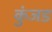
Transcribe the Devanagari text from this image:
कुंजड